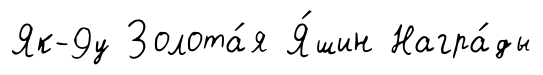
Як-9у Золота́я Я́шин Награ́ды